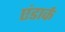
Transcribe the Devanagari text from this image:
एंडार्क